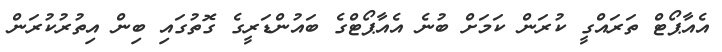
އެއާޕޯޓް ތަރައްގީ ކުރަން ކަމަށް ބުނެ އެއާޕޯޓްގެ ބައުންޑަރީގެ ގޮތުގައި ބިން އިތުރުކުރަން